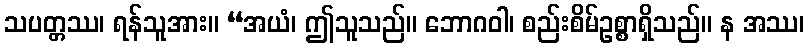
သပတ္တဿ၊ ရန်သူအား။ “အယံ၊ ဤသူသည်။ ဘောဂဝါ၊ စည်းစိမ်ဥစ္စာရှိသည်။ န အဿ၊